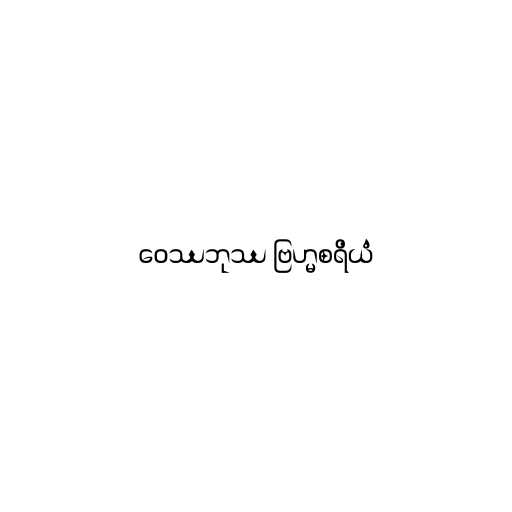
ဝေဿဘုဿ ဗြဟ္မစရိယံ